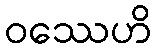
ဝဿေဟိ